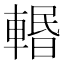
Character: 𨍌